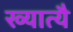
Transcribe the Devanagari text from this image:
ख्यात्यै